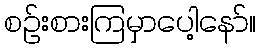
စဉ်းစားကြမှာပေါ့နော်။